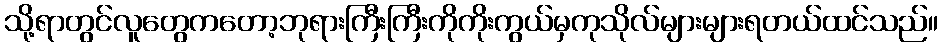
သို့ရာတွင်လူတွေကတော့ဘုရားကြီးကြီးကိုကိုးကွယ်မှကုသိုလ်များများရတယ်ထင်သည်။